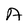
Character: A